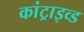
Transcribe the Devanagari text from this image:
कांट्राइव्ड